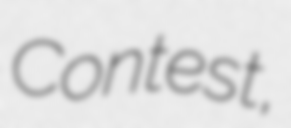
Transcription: Contest,